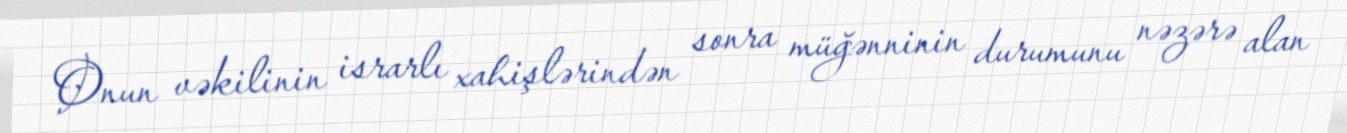
Onun vəkilinin israrlı xahişlərindən sonra müğənninin durumunu nəzərə alan